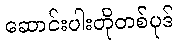
ဆောင်းပါးတိုတစ်ပုဒ်